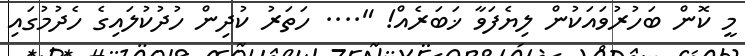
މީ ކޮން ބަހުރުވައަކުން ލިޔެފަވާ ޚަބަރެެއް! ".... ހަތަރު ކުދިން ހުދުކުލައިގެ ހެދުމުގައި